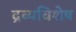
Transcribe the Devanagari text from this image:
द्रव्यविशेष